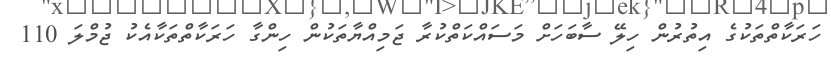
ހަރަކާތްތަކުގެ އިތުރުން ހިލޭ ސާބަހަށް މަސައްކަތްކުރާ ޖަމިއްޔާތަކުން ހިންގާ ހަރަކާތްތަކާއެކު ޖުމްލަ 110